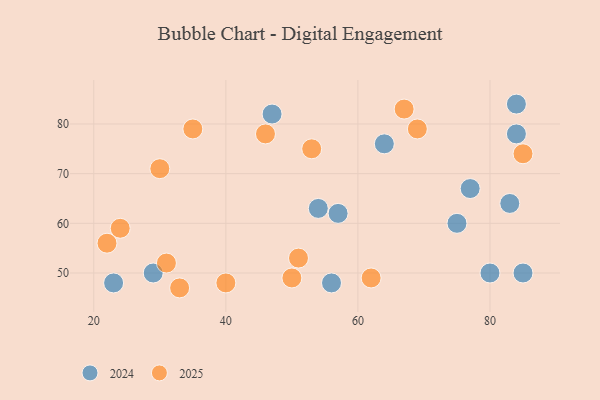
{"axis": {"x": "GDP", "y": "Life Expectancy"}, "legend": ["2024", "2025"], "data": [{"x": "57", "y": 62, "type": "2024"}, {"x": "54", "y": 63, "type": "2024"}, {"x": "77", "y": 67, "type": "2024"}, {"x": "80", "y": 50, "type": "2024"}, {"x": "56", "y": 48, "type": "2024"}, {"x": "83", "y": 64, "type": "2024"}, {"x": "47", "y": 82, "type": "2024"}, {"x": "84", "y": 78, "type": "2024"}, {"x": "84", "y": 84, "type": "2024"}, {"x": "29", "y": 50, "type": "2024"}, {"x": "64", "y": 76, "type": "2024"}, {"x": "75", "y": 60, "type": "2024"}, {"x": "23", "y": 48, "type": "2024"}, {"x": "85", "y": 50, "type": "2024"}, {"x": "33", "y": 47, "type": "2025"}, {"x": "35", "y": 79, "type": "2025"}, {"x": "69", "y": 79, "type": "2025"}, {"x": "31", "y": 52, "type": "2025"}, {"x": "51", "y": 53, "type": "2025"}, {"x": "46", "y": 78, "type": "2025"}, {"x": "62", "y": 49, "type": "2025"}, {"x": "30", "y": 71, "type": "2025"}, {"x": "22", "y": 56, "type": "2025"}, {"x": "24", "y": 59, "type": "2025"}, {"x": "40", "y": 48, "type": "2025"}, {"x": "67", "y": 83, "type": "2025"}, {"x": "85", "y": 74, "type": "2025"}, {"x": "53", "y": 75, "type": "2025"}, {"x": "50", "y": 49, "type": "2025"}]}